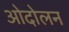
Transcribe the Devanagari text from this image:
ओदोलन